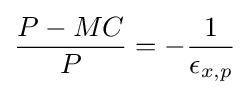
{\frac {P-MC}{P}}=-{\frac {1}{\epsilon _{x,p}}}